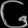
Digit: ၆